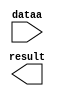
module squarer (
	dataa,
	result);

	input	[39:0]  dataa;
	output	[79:0]  result;

endmodule